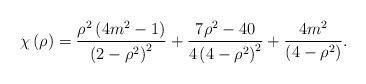
LaTeX: \begin{align*}\chi\left( \rho\right) =\frac{\rho^{2}\left( {4m^{2}-1}\right) }{\left({2-\rho^{2}}\right) ^{2}}+\frac{7\rho^{2}-40}{4\left( {4-\rho^{2}}\right)^{2}}+\frac{4m^{2}}{\left( {4-\rho^{2}}\right) }. \end{align*}